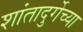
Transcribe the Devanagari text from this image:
शांतादुर्गेच्या